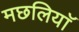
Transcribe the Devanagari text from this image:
मछलियाॅ